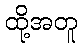
ထို့အတူ